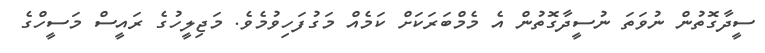
ސީދާގޮތުން ނުވަތަ ނުސީދާގޮތުން އެ މެމްބަރަކަށް ކަމެއް މަގުފަހިވުމެވެ. މަޖިލީހުގެ ރައީސް މަސީހްގެ